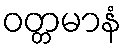
ဝတ္တမာနံ